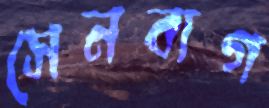
সেনবাগ